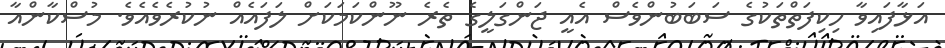
އަޅާފައިވާ ހިކިފަތްތަކުގެ ސަބަބުންވެސް އެއީ ޖަންގަލީގެ ތެރެ ނޫންކަމަކަށް ލަފައެއް ނުކުރެވެއެވެ. މުސްކާންއާ